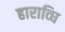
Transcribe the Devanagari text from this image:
हाराव्घि